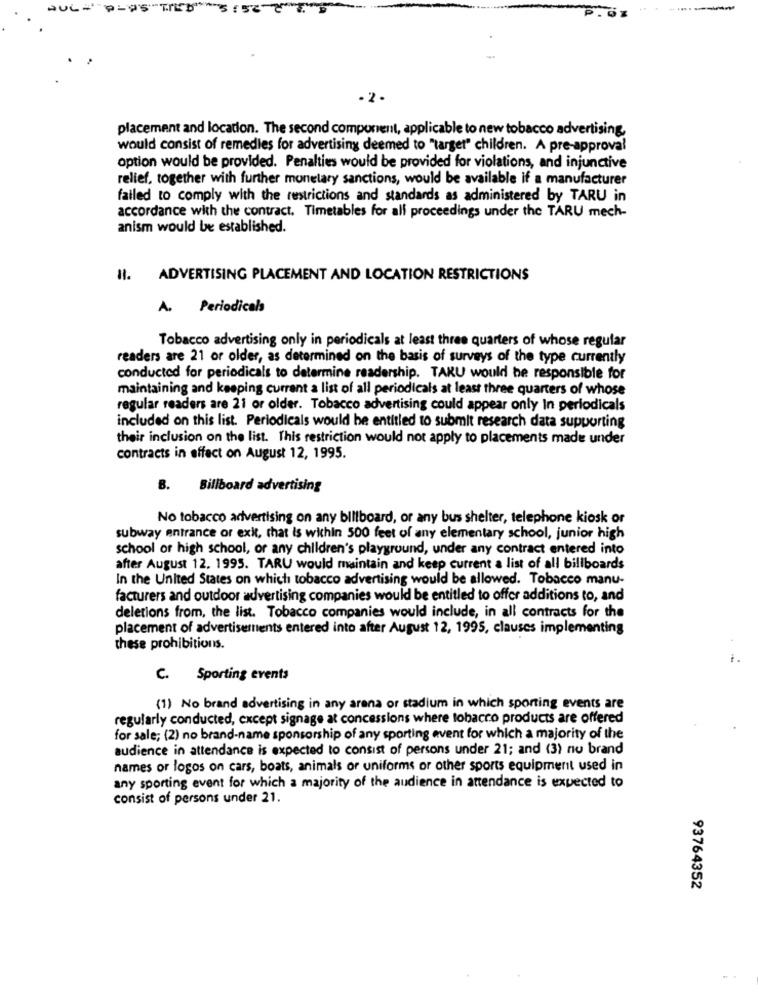
AUL
P.61
-2-
placement and location. The second component, applicable to new tobacco advertising,
would consist of remedies for advertising deemed to "target" children. A pre-approval
option would be provided. Penalties would be provided for violations, and injunctive
relief, together with further monetary sanctions, would be available if a manufacturer
failed to comply with the restrictions and standards as administered by TARU in
accordance with the contract. Timetables for all proceedings under the TARU mech-
anism would be established.
II. ADVERTISING PLACEMENT AND LOCATION RESTRICTIONS
A. Periodicals
Tobacco advertising only in periodicals at least three quarters of whose regular
readers are 21 or older, as determined on the basis of surveys of the type currently
conducted for periodicals to determine readership. TAKU would be responsible for
maintaining and keeping current a list of all periodicals at least three quarters of whose
regular readers are 21 or older. Tobacco advertising could appear only In periodicals
included on this list. Periodicals would be entitled to submit research data supporting
their inclusion on the list. This restriction would not apply to placements made under
contracts in effect on August 12, 1995.
B. Billboard advertising
No tobacco advertising on any billboard, or any bus shelter, telephone kiosk or
subway entrance or exit, that is within 500 feet of any elementary school, junior high
school of high school, or any children's playground, under any contract entered into
after August 12. 1995. TARU would maintain and keep current a list of all billboards
In the United States on which tobacco advertising would be allowed. Tobacco manu-
facturers and outdoor advertising companies would be entitled to offer additions to, and
deletions from, the list. Tobacco companies would include, in all contracts for the
placement of advertisements entered into after August 12, 1995, clauses implementing
these prohibitions.
C. Sporting events
(1) No brand advertising in any arena or stadium in which sporting events are
regularly conducted, except signage at concessions where tobacco products are offered
for sale; (2) no brand-name sponsorship of any sporting event for which a majority of the
audience in attendance is expected to consist of persons under 21; and (3) no brand
names or logos on cars, boats, animals or uniforms or other sports equipment used in
any sporting event for which a majority of the audience in attendance is expected to
consist of persons under 21.
93764352